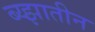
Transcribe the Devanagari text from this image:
ब्य्झातीन